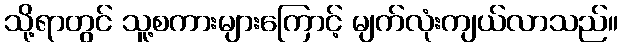
သို့ရာတွင် သူ့စကားများကြောင့် မျက်လုံးကျယ်လာသည်။